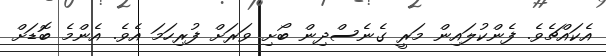
އެކައްޗެވެ. ފެންކުލައިން މަރީ ގެނެސްދިން ބޯށި ވަރަށް ފުރިހަމަ އެވެ. އެންމެ ބޮޑަށް